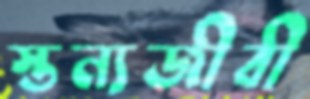
স্তন্যজীবী